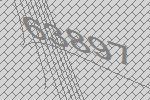
63897